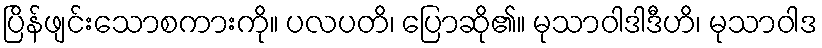
ပြိန်ဖျင်းသောစကားကို။ ပလပတိ၊ ပြောဆို၏။ မုသာဝါဒါဒီဟိ၊ မုသာဝါဒ